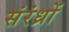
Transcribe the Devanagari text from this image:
संरंध्रों